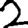
Digit: 2